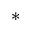
*